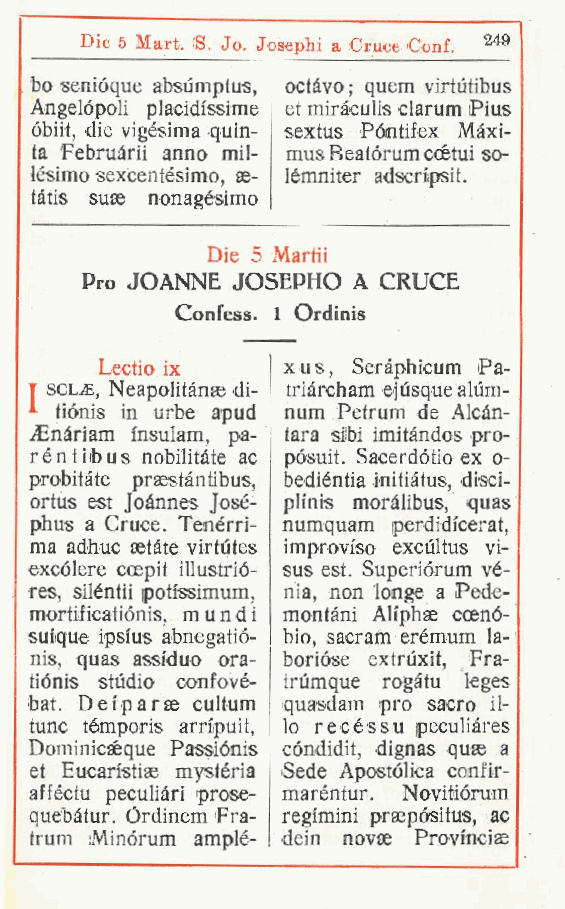
Die 5 Mart (S. Jo. Josephi a Cruce Conf 249
 .                 .
 bo senióque absumptus octàvo; quem virtutibus
 ,
 Angelopoli placidissime et miràculis clarum Pius
 óbiit, die vigésima quin- sextus Póntifex Màxi-
 ta Februàrii anno mil- musBeatórumccétui so-
 lesimo sexcentésimo se- lémniter adscn'psit.
 ,
 tàtis suse nonagésimo
 Die 5 Martii
 Pro JOANNE JOSEPHO A CRUCE
 Confess. 1 Ordinis
 Lectio ix   xus, Seràphicum Pa-
 T scl,e, Neapolitànae di- triàrcham ejùsque aliim-
 tiónis in urbe a pud num Petrum de Alcan-
 Cnàriam insulam pa- tara siti imitàndos pro-
 ,
 réntiibus nobilitate ac pósuit. Sacerdótio ex o-
 probitàte praestànlibus, bediéntia initiàtus, disci-
 ortus est Joànnes José1 ph'nis moràlibus, quas
 phus a Cruce. Tenérri- numquam perdidi'cerat,
 ma adhuc setàte virtutes improviso excùltus vi-
 excólere ccepit illustrió- sus est. Superiórum ve-
 res, siléntii poti'ssimum, nia, non longe a Pede-
 morti!icatiónis mundi montani Ah'phas coenó-
 ,
 sm'que ipsius abnegatió- bio, sacram erémum la-
 nis, quas assiduo ora- borióse extruxit, Fra-
 tiónis stùdio confové- trumque rogàtu leges
 bat. Dei'parae cultum quasdam prò sacro il-
 tunc témporis arripuit, io recéssu peculiàres
 Dominicseque Passiónis cóndidit, dignas quse a
 et Eucan'stise mystéria Sede Apostòlica confir-
 afféctu peculiari prose- maréntur. Novitiórum
 quebàtur. Órdinem Fra- regimini prsepositus, ac
 trum iMinorum amplé- dein novse Provincie